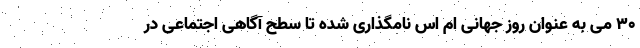
۳۰ می به عنوان روز جهانی ام اس نامگذاری شده تا سطح آگاهی اجتماعی در